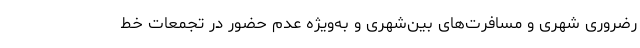
رضروری شهری و مسافرت‌های بین‌شهری و به‌ویژه عدم حضور در تجمعات خط